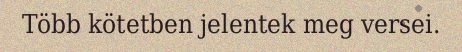
Több kötetben jelentek meg versei.